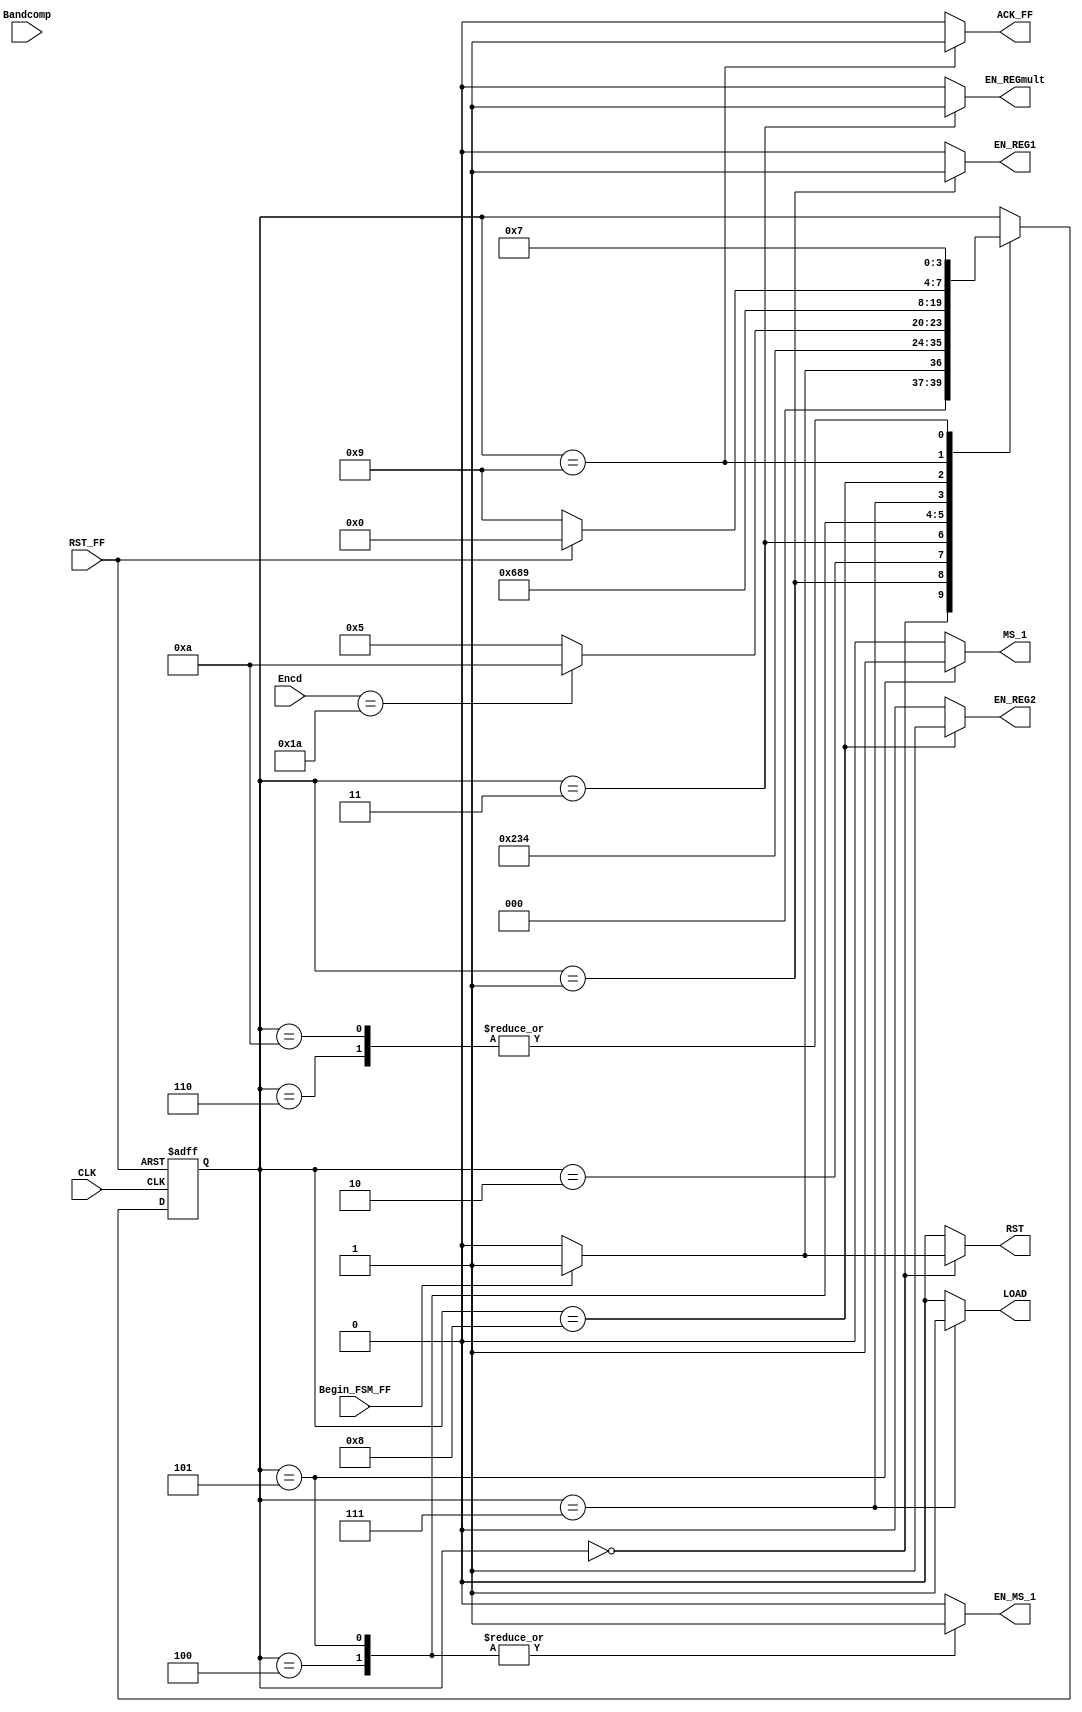
module FSM_Convert_Fixed_To_Float(
		input wire CLK,           
		input wire RST_FF,        
		input wire Bandcomp,      
		input wire Begin_FSM_FF,  
		input wire [7:0] Encd,    
        output reg EN_REG1,       
        output reg EN_REGmult,    
        output reg LOAD,          
        output reg MS_1,          
        output reg ACK_FF,        
        output reg EN_MS_1,
        output reg EN_REG2,
        output reg RST
	 );
parameter [3:0] 
		a = 4'b0000,
		b = 4'b0001,
	    c = 4'b0010,
	    d = 4'b0011,
	    e = 4'b0100,
	    f = 4'b0101,
		g = 4'b0110,
		h = 4'b0111,
		i = 4'b1000,
		j = 4'b1001,
		k = 4'b1010;
    reg [3:0] state_reg, state_next ; 
    always @(posedge CLK, posedge RST_FF)
	   if (RST_FF)
	      begin
		  state_reg <= a;	
	      end
	   else 
	      begin
		  state_reg <= state_next;
	   end
always @*
    begin
	state_next = state_reg;
	EN_REG1 = 1'b0;
	EN_REGmult = 1'b0;
	EN_REG2 = 1'b0;
    ACK_FF = 1'b0;
    EN_MS_1 = 1'b0;
    MS_1 = 1'b0;
    LOAD = 1'b0;
    RST = 1'b0;
	case(state_reg)
	    a: 
        begin
            if(Begin_FSM_FF) 
                begin
                RST = 1'b1;
                ACK_FF = 1'b0;    
                state_next = b;
                end
            else  
                state_next = a;
        end
		b: 
		begin
		    EN_REG1 = 1'b1;    
	        state_next = c;
		end
		c:
		begin
		    state_next = d;
		end
		d: 
        begin
            EN_REGmult = 1'b1;    
            state_next = e;
        end
		e:
		begin
			EN_MS_1 = 1'b1;
			if(Encd == 8'b00011010)
                state_next = k;
            else
            state_next = f;
		end
		f:
        begin
            EN_MS_1 = 1'b1;
            MS_1 = 1'b1;
            state_next = g;
        end
        g:
        begin
            state_next = h;
        end     
		h:
		begin
		    LOAD = 1'b1;
		    state_next = i;
        end
	    i:
        begin
            EN_REG2 = 1'b1;
            state_next = j;
        end
		j:
		begin			
			ACK_FF = 1'b1;
			if(RST_FF)
                 state_next = a;
            else
                state_next = j;
		end
		k:
        begin
            state_next = h;
        end
	endcase
    end
endmodule